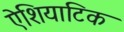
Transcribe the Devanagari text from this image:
ऐशियाटिक